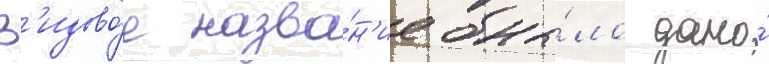
В'идово́е назва́н'ие бы́ло дано́